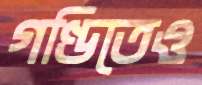
গণ্ডিতেও